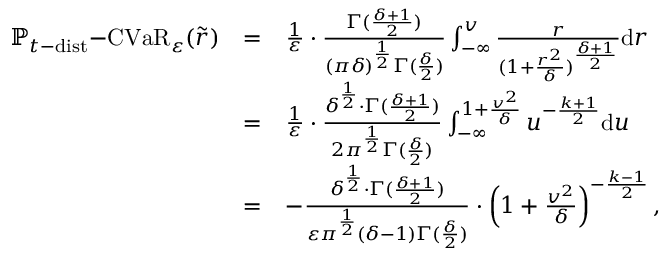
\begin{array} { r c l } { \mathbb { P } _ { t \mathrm { - } \mathrm { d i s t } } \mathrm { - } \mathrm { C V a R } _ { \varepsilon } ( \tilde { r } ) } & { = } & { \frac { 1 } { \varepsilon } \cdot \frac { \Gamma ( \frac { \delta + 1 } { 2 } ) } { ( \pi \delta ) ^ { \frac { 1 } { 2 } } \Gamma ( \frac { \delta } { 2 } ) } \int _ { - \infty } ^ { v } \frac { r } { ( 1 + \frac { r ^ { 2 } } { \delta } ) ^ { \frac { \delta + 1 } { 2 } } } \mathrm { d } r } \\ & { = } & { \frac { 1 } { \varepsilon } \cdot \frac { \delta ^ { \frac { 1 } { 2 } } \cdot \Gamma ( \frac { \delta + 1 } { 2 } ) } { 2 \pi ^ { \frac { 1 } { 2 } } \Gamma ( \frac { \delta } { 2 } ) } \int _ { - \infty } ^ { 1 + \frac { v ^ { 2 } } { \delta } } u ^ { - \frac { k + 1 } { 2 } } \mathrm { d } u } \\ & { = } & { - \frac { \delta ^ { \frac { 1 } { 2 } } \cdot \Gamma ( \frac { \delta + 1 } { 2 } ) } { \varepsilon \pi ^ { \frac { 1 } { 2 } } ( \delta - 1 ) \Gamma ( \frac { \delta } { 2 } ) } \cdot \left( 1 + \frac { v ^ { 2 } } { \delta } \right) ^ { - \frac { k - 1 } { 2 } } , } \end{array}